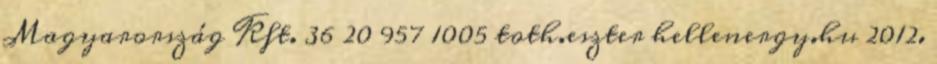
Magyarország Kft. 36 20 957 1005 toth.eszter hellenergy.hu 2012.